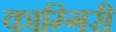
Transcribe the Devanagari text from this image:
काम्गिरी